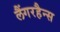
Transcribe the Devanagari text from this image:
लैंगरहैन्स